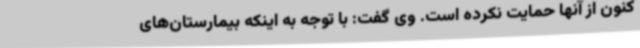
کنون از آنها حمایت نکرده است. وی گفت: با توجه به اینکه بیمارستان‌های